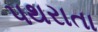
પથરાતા